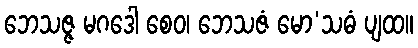
ဘေသဇ္ဇ မဂဒေါ စေဝ၊ ဘေသဇံ မော’သဓံ ပျထ။